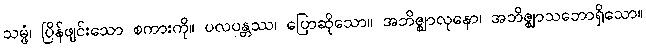
သမ္ဖံ၊ ပြိန်ဖျင်းသော စကားကို။ ပလပန္တဿ၊ ပြောဆိုသော။ အဘိဇ္ဈာလုနော၊ အဘိဇ္ဈာသဘောရှိသော။